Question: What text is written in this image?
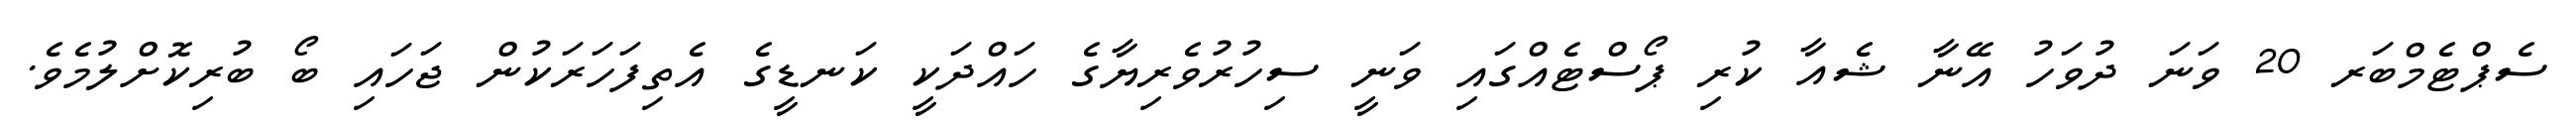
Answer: ސެޕްޓެމްބަރ 20 ވަނަ ދުވަހު އޭނާ ޝެއާ ކުރި ޕޯސްޓެއްގައި ވަނީ ސިހުރުވެރިޔާގެ ހައްދަކީ ކަނޑީގެ އެތިފަހަރަކުން ޖަހައި ބޯ ބުރިކޮށްލުމެވެ.